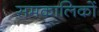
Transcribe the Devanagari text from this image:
समकालिकों